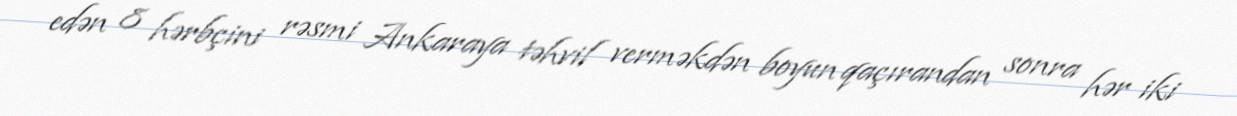
edən 8 hərbçini rəsmi Ankaraya təhvil verməkdən boyun qaçırandan sonra hər iki